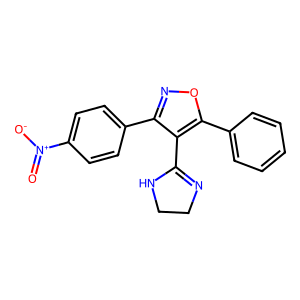
SMILES: O=[N+]([O-])c1ccc(-c2noc(-c3ccccc3)c2C2=NCCN2)cc1
Inhibits HIV replication: No